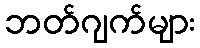
ဘတ်ဂျက်များ